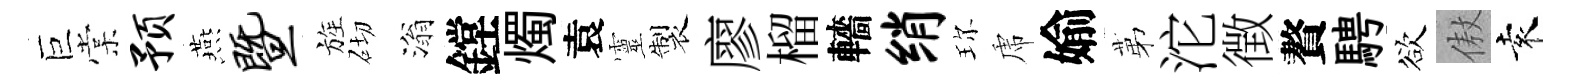
巨棠预燕暨旌砌滃鏜燭袁靈製廖榴轖绡珎虎媮苐沱徴贅騁欲傲袁